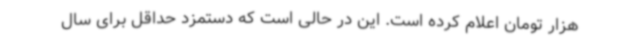
هزار تومان اعلام کرده است. این در حالی است که دستمزد حداقل برای سال